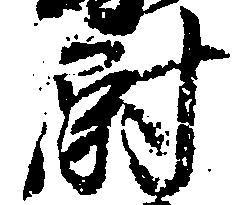
尉